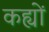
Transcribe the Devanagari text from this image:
कह्यों